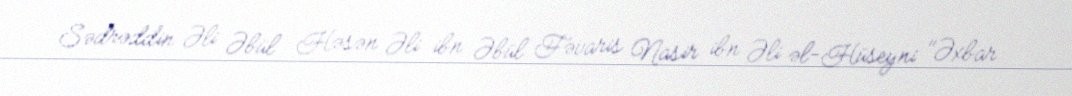
Sədrəddin Əli Əbül Həsən Əli ibn Əbül Fəvaris Nasir ibn Əli əl-Hüseyni "Əxbar